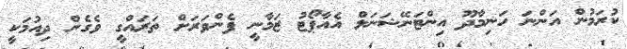
ކުރަމުން އަންނަ ހަނިމާދޫ އިންޓަނޭޝަނަލް އެއާޕޯޓު ޒަމާނީ ފެންވަރަށް ތަރައްގީ ވެގެން ދިއުމަކީ